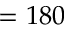
= 1 8 0